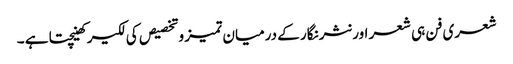
شعری فن ہی شعر اور نثر نگار کے درمیان تمیز وتخصیص کی لکیر کھینچتا ہے ۔